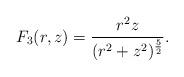
LaTeX: \begin{align*}F_3(r,z)=\frac {r^2 z}{(r^2+z^2)^{\frac 52}}.\end{align*}